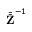
\bar { \bar { \mathbf { Z } } } ^ { - 1 }